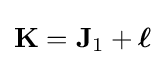
\mathbf {K} =\mathbf {J} _{1}+{\boldsymbol {\ell }}